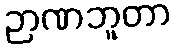
ဉာဏဘူတာ